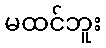
မထင်ဘူး